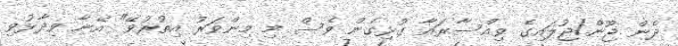
ދެން ޖޫން/ޖުލައިގެ ވިއްސާރައާ ގުޅިގެން ވެސް މި މިންވަރު އިތުރުވޭ" އޭނާ ވިދާޅުވި